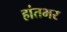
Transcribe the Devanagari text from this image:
हांतभर